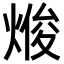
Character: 𭵘